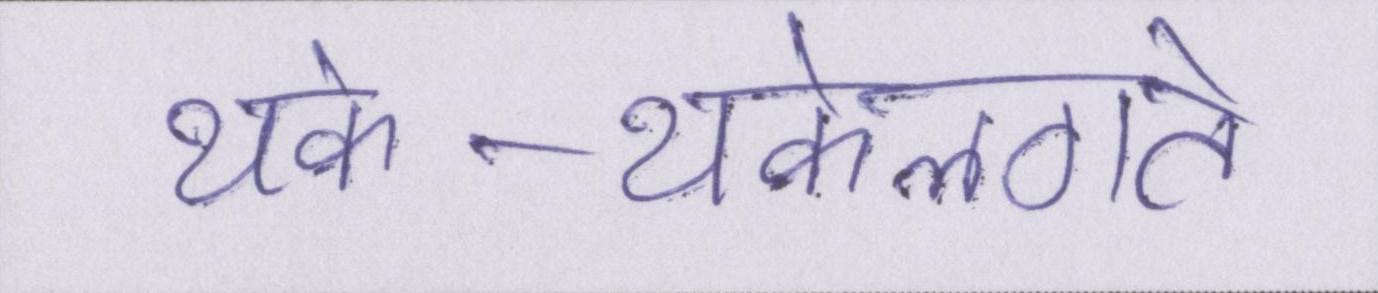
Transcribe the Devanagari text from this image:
थके-थकेलगते